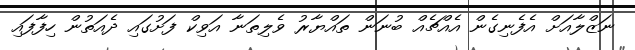
ނަޒްލާއަށް އެފެނިގެން އެއްޗެއް ބުނަން ތައްޔާރު ވެލިތަނާ އަވިކް ފަށުގައި ދެއަތުން ހިފާފައި